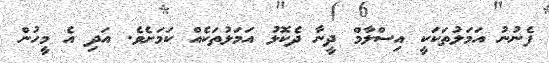
ފެނުނު އަމަލުތަކަކީ އިސްލާމް ދީނާ ދެކޮޅު އަމަލުތަކެއް ކަމަށެވެ. އަދި އެ މީހުން